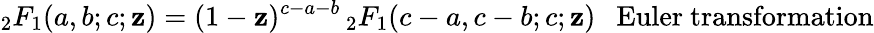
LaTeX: {}_{2}F_{1}(a,b;c;\mathbf{z})=(1-\mathbf{z})^{c-a-b}\, {}_{2}F_{1}(c-a,c-b;c;\mathbf{z})\ \ \ {\mathrm{{Euler~transformation}}}